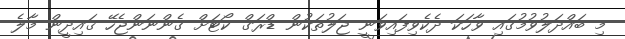
މި ބައްދަލުވުމުގައި ވާހަކަ ދެކެވިފައިވަނީ ޖަލުތަކުން ޑްރަގް ކޯޓަށް ގެންނަންޖެހޭ ޤައިދީން މާލެ